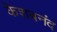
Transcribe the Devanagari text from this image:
केशबनंद